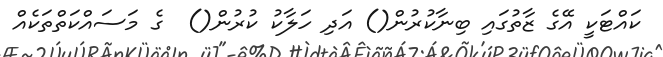
ކައްޓަކީ އޭގެ ޒާތުގައި ބިނާކުރުން() އަދި ހަލާކު ކުރުން()  ގެ މަސައްކަތްތަކެއް